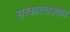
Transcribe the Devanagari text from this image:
सरकारवाड्यात